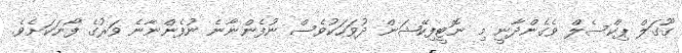
ގޫގަލް ޕިކްސެލް ވެގެންދާނީ މި ނޮޓީފިކޭޝަން ދުވަހަކުވެސް ނުފެންނާނެ ނުފެންނާނެ ވަރުގެ ފޯނަކަށެވެ.